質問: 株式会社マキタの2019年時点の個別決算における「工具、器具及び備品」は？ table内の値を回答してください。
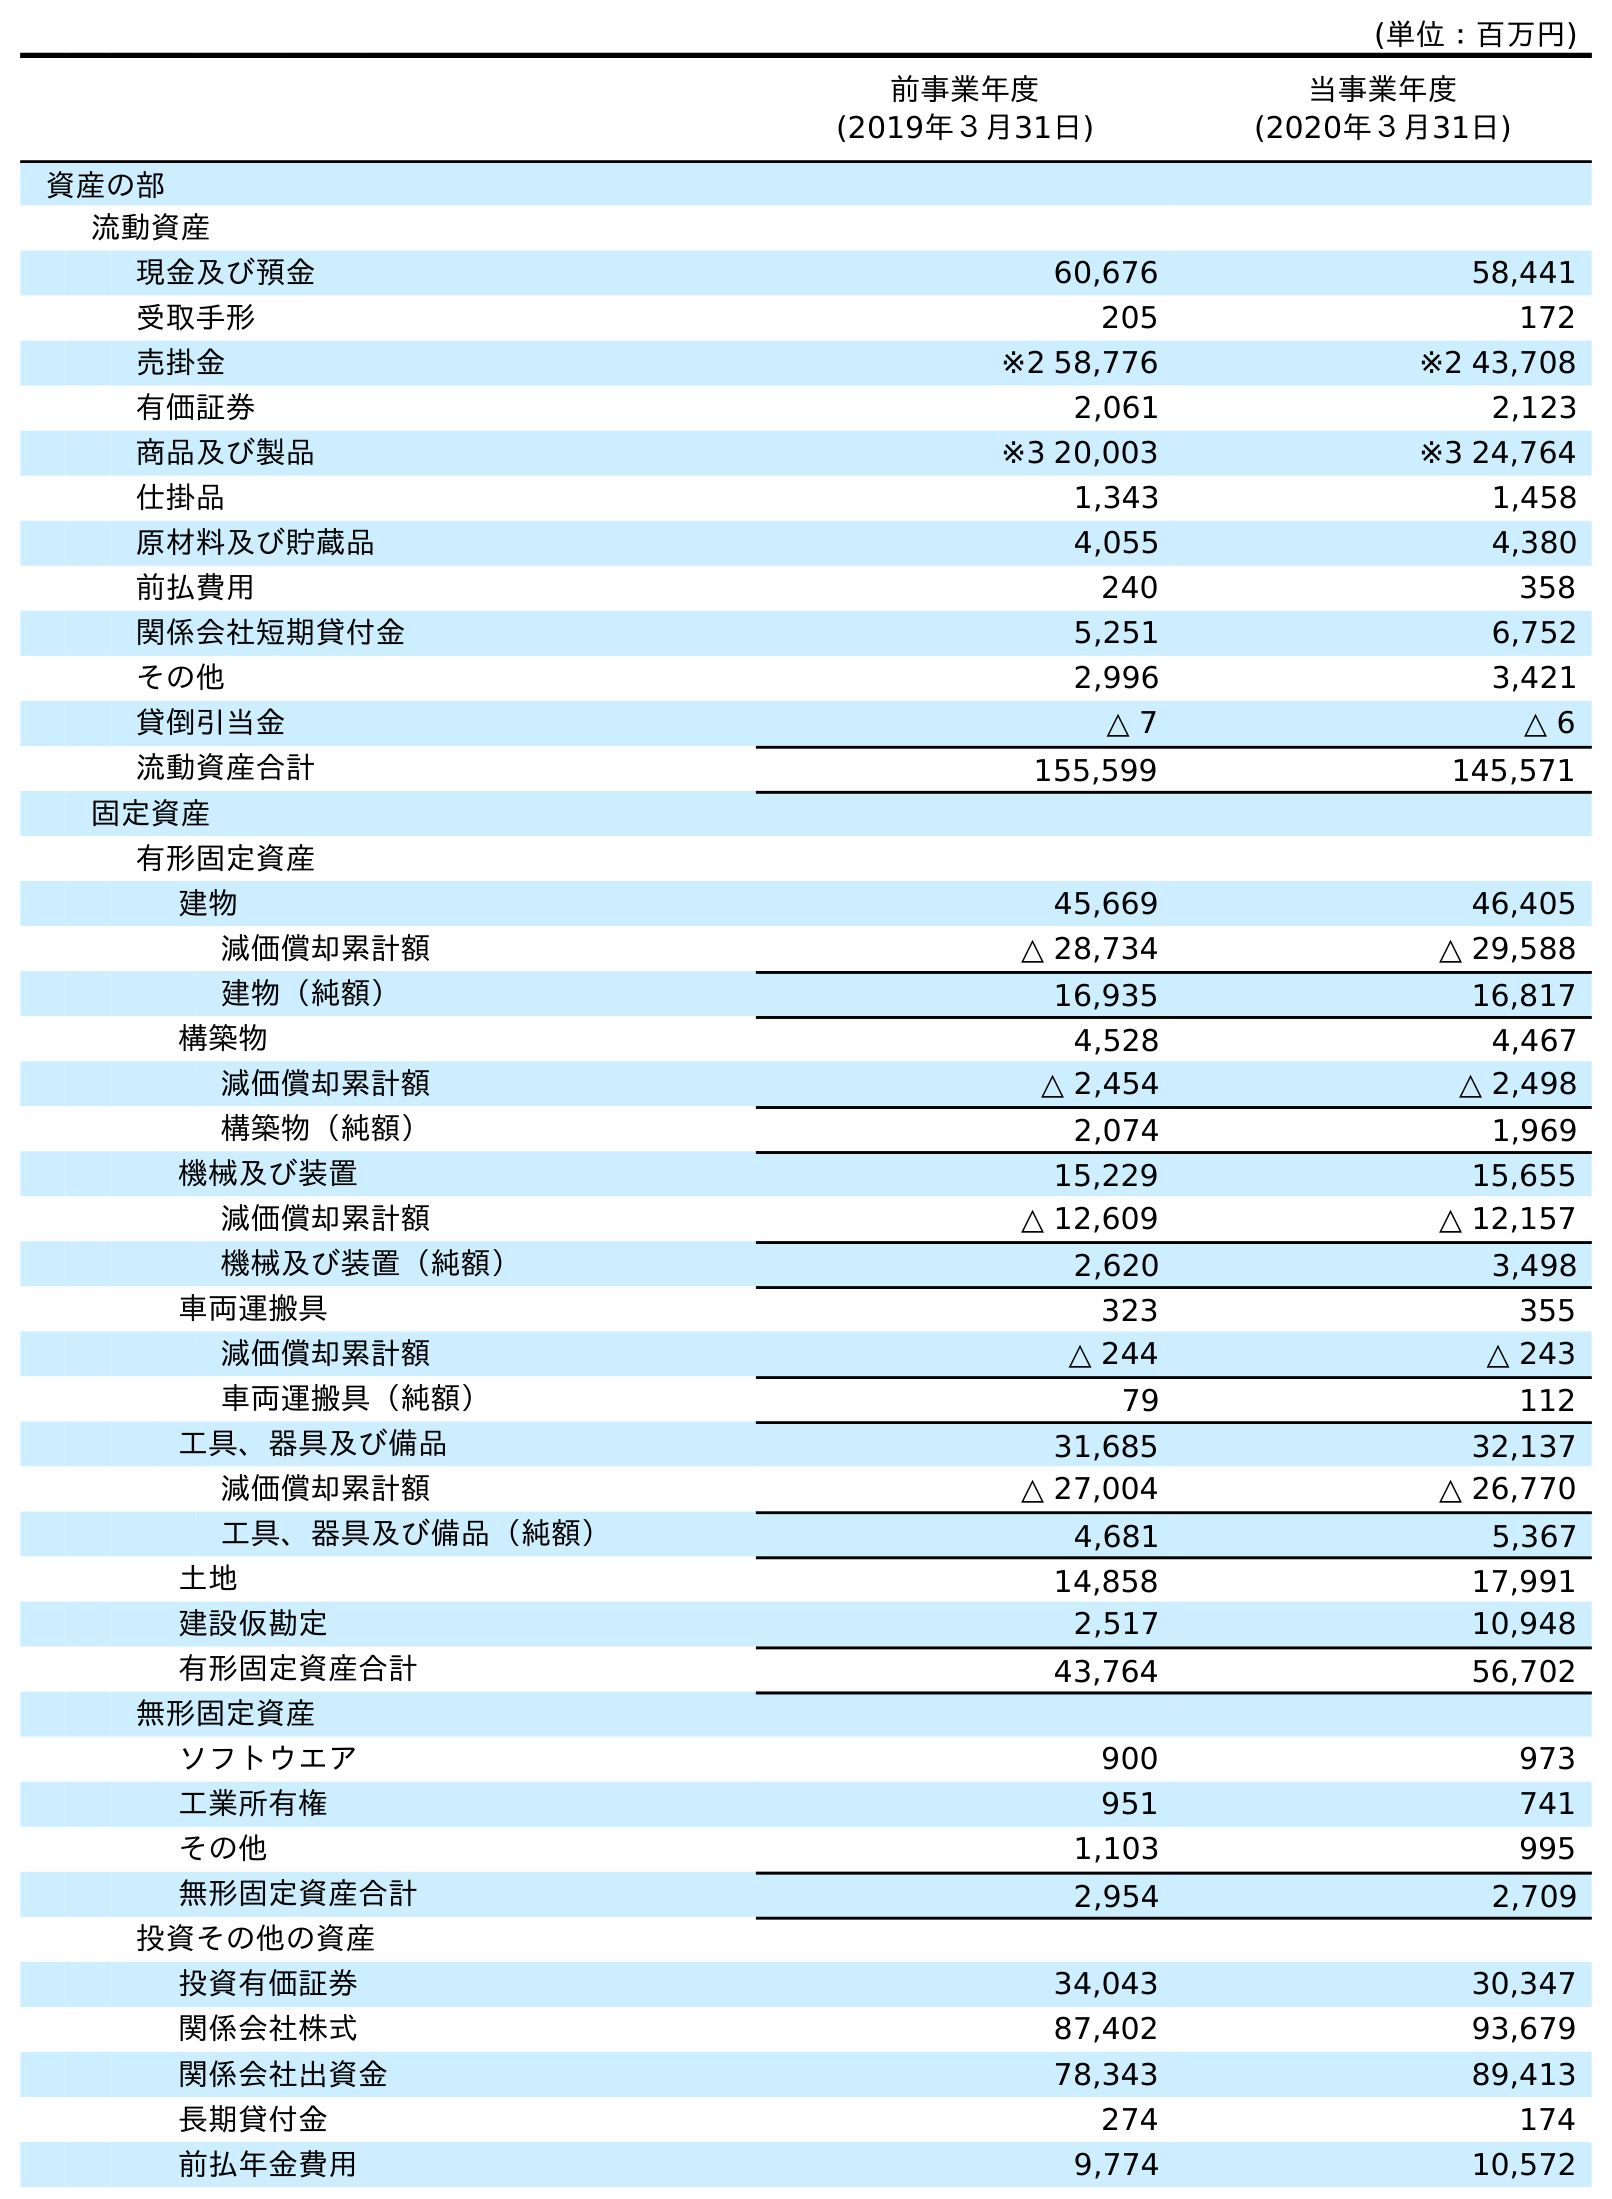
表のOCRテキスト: (単位：百万円) 前事業年度 (2019年３月31日) 当事業年度 (2020年３月31日) 資産の部 流動資産 現金及び預金 60,676 58,441 受取手形 205 172 売掛金 ※2 58,776 ※2 43,708 有価証券 2,061 2,123 商品及び製品 ※3 20,003 ※3 24,764 仕掛品 1,343 1,458 原材料及び貯蔵品 4,055 4,380 前払費用 240 358 関係会社短期貸付金 5,251 6,752 その他 2,996 3,421 貸倒引当金 △ 7 △ 6 流動資産合計 155,599 145,571 固定資産 有形固定資産 建物 45,669 46,405 減価償却累計額 △ 28,734 △ 29,588 建物（純額） 16,935 16,817 構築物 4,528 4,467 減価償却累計額 △ 2,454 △ 2,498 構築物（純額） 2,074 1,969 機械及び装置 15,229 15,655 減価償却累計額 △ 12,609 △ 12,157 機械及び装置（純額） 2,620 3,498 車両運搬具 323 355 減価償却累計額 △ 244 △ 243 車両運搬具（純額） 79 112 工具、器具及び備品 31,685 32,137 減価償却累計額 △ 27,004 △ 26,770 工具、器具及び備品（純額） 4,681 5,367 土地 14,858 17,991 建設仮勘定 2,517 10,948 有形固定資産合計 43,764 56,702 無形固定資産 ソフトウエア 900 973 工業所有権 951 741 その他 1,103 995 無形固定資産合計 2,954 2,709 投資その他の資産 投資有価証券 34,043 30,347 関係会社株式 87,402 93,679 関係会社出資金 78,343 89,413 長期貸付金 274 174 前払年金費用 9,774 10,572
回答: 31,685